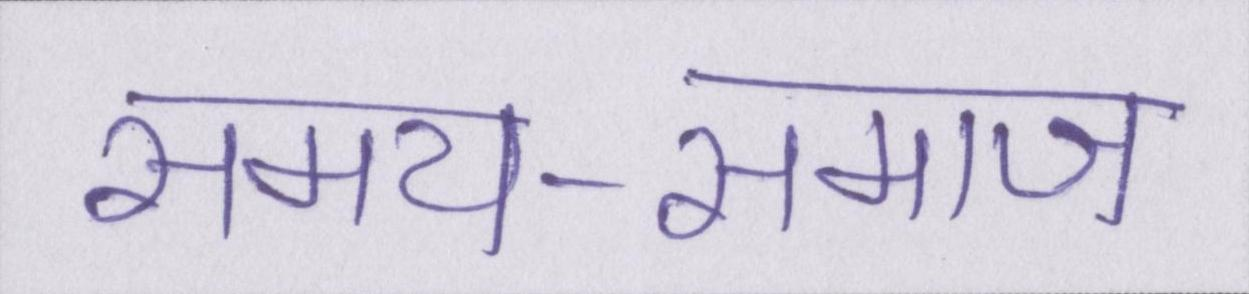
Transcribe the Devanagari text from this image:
समय-समाज